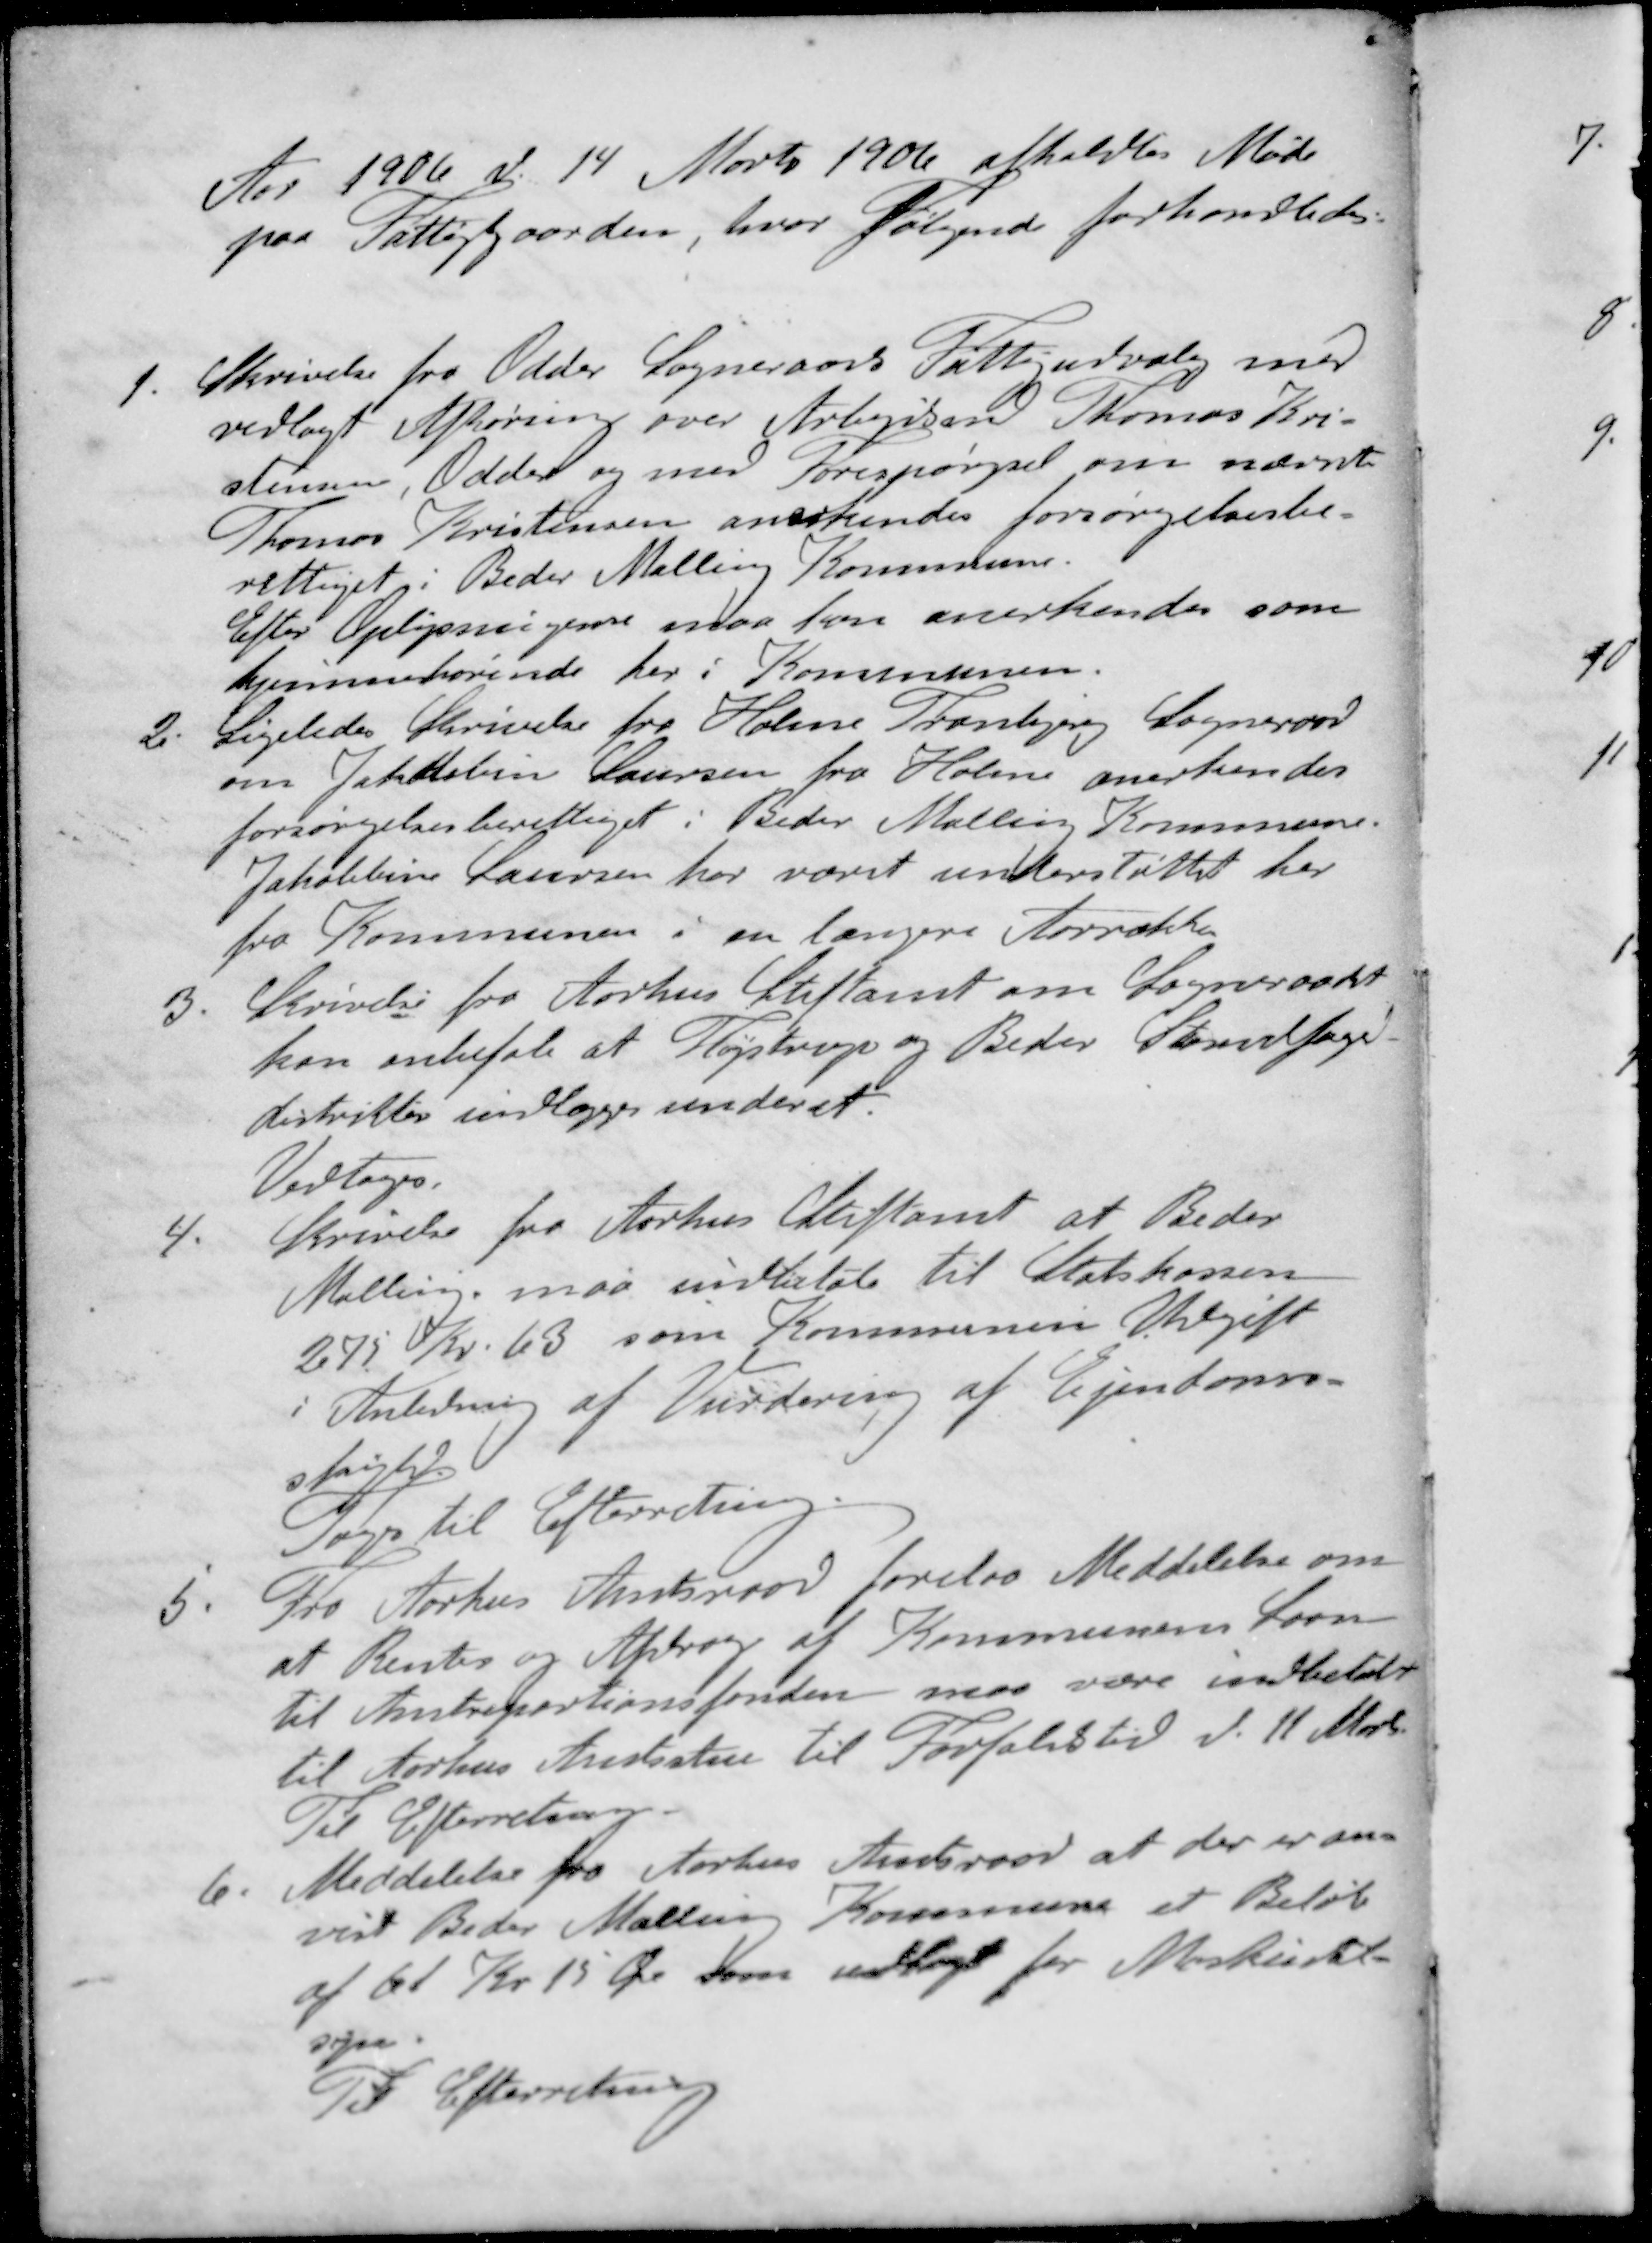
Transskription:
Aar 1906 d. 14 Marts 1906 afholdtes Møde
paa Fattiggaarden, hvor følgende forhandledes.
1. Skrivelse fra Odder Sogneraads Fattigudvalg med
vedlagt Afhøring over Arbejdsmd Thomas Kri-
stensen, Odder og med forespørgsel om nævnte
Thomas Kristensen anerkendes forsørgelsesbe-
rettiget i Beder Malling Kommune
Efter Oplysningerne maa han anerkendes som
hjemmehørende her i Kommunen.
2. Ligeledes Skrivelse fra Holme Tranbjerg Sogneraad
om Jakobbin Laursen fra Holme anerkendes
forsørgelsesberettiget i Beder Malling Kommune.
Jakobbine Laursen har været understøttet her
fra Kommunen i en længere Aarrække
3. Skrivelse fra Aarhus Stiftamt om Sogneraadet
kan anbefale at Fløjstrup og Beder Strandfoged-
distrikter indlægges under et.
Vedtoges.
4. Skrivelse fra Aarhus Stiftamt at Beder
Malling, maa indbetale til Statskassen
275 Kr. 63 som Kommunen Udgift
i Anledning af Vurdering af Ejendoms-
skyld
Toges til Efterretning
5. Fra Aarhus Amtsraad forelaa Meddelelse om
at Renter og Afdrag af Kommunens Laan
til Amtrepartionsfonden maa være indbetalt
til Aarhus Amtsstue til Forfaldstid d. 11 Marts
Til Efterretning
6. Meddelelse fra Aarhus Amtsraad at der er an-
vist Beder Malling Kommune et Beløb
af 61 Kr 15 Øre som udlagt for Maskinstil
syn
Til Efterretning